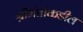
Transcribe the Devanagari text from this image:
श्रीमंतांकडील